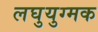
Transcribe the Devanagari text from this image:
लघुयुग्मक